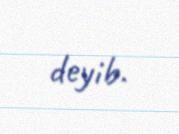
deyib.